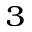
^ 3